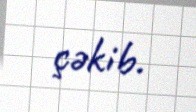
çəkib.